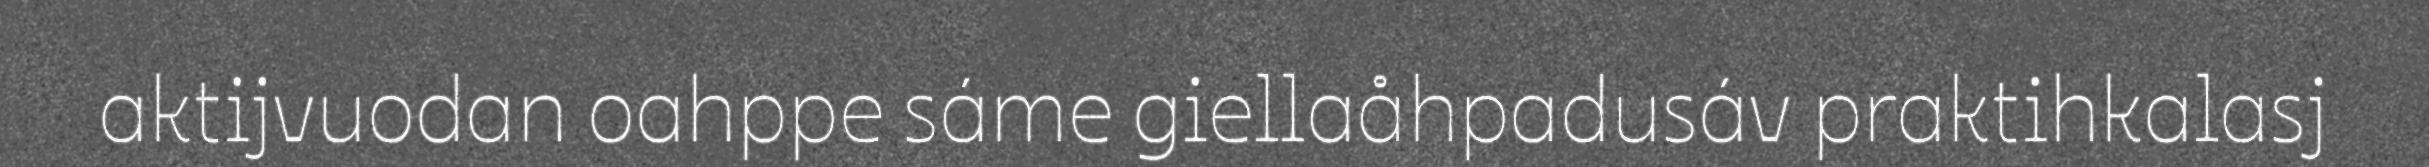
aktijvuodan oahppe sáme giellaåhpadusáv praktihkalasj